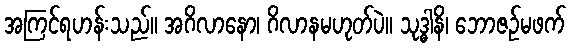
အကြင်ရဟန်းသည်။ အဂိလာနော၊ ဂိလာနမဟုတ်ပဲ။ သုဒ္ဓါနိ၊ ဘောဇဉ်မဖက်